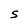
Character: S